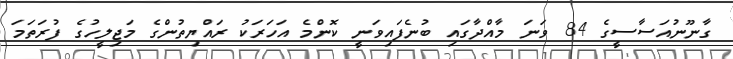
ގާނޫނުއަސާސީގެ 84 ވަނަ މާއްދާގައި ބުނެފައިވަނީ ކޮންމެ އަހަރަކު ރައްޔިތުންގެ މަޖިލީހުގެ ފުރަތަމަ